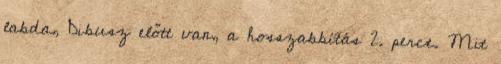
labda, Dibusz előtt van, a hosszabbítás 2. perce. Mit